Civil Veterinary Department. Central Provinces & Berar 1925-31 - 1925-1931
Year: 1925
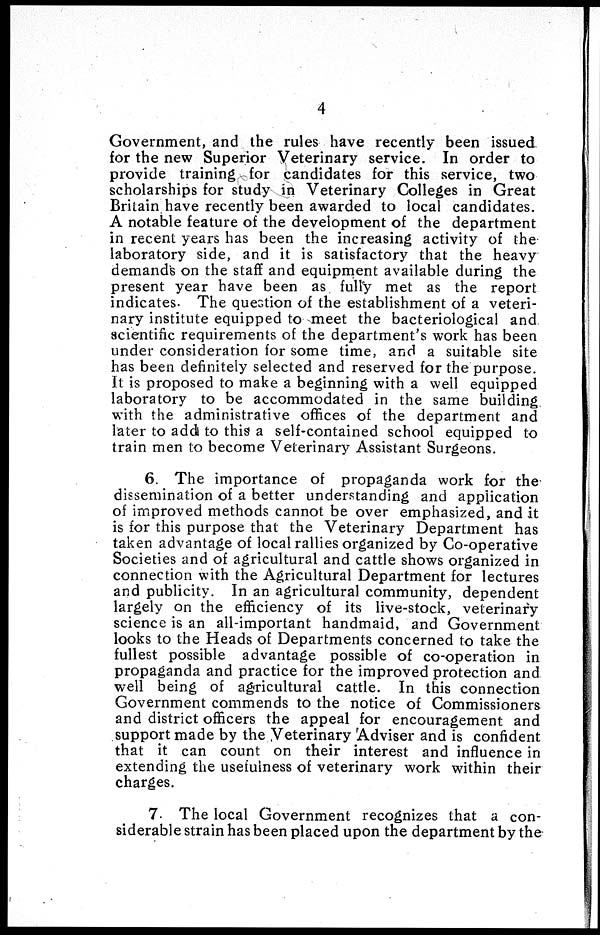
4
Government, and the rules have recently been issued
for the new Superior Veterinary service. In order to
provide training for candidates for this service, two
scholarships for study in Veterinary Colleges in Great
Britain have recently been awarded to local candidates.
A notable feature of the development of the department
in recent years has been the increasing activity of the
laboratory side, and it is satisfactory that the heavy
demands on the staff and equipment available during the
present year have been as fully met as the report
indicates. The question of the establishment of a veteri-
nary institute equipped to meet the bacteriological and
scientific requirements of the department's work has been
under consideration for some time, and a suitable site
has been definitely selected and reserved for the purpose.
It is proposed to make a beginning with a well equipped
laboratory to be accommodated in the same building
with the administrative offices of the department and
later to add to this a self-contained school equipped to
train men to become Veterinary Assistant Surgeons.
6. The importance of propaganda work for the
dissemination of a better understanding and application
of improved methods cannot be over emphasized, and it
is for this purpose that the Veterinary Department has
taken advantage of local rallies organized by Co-operative
Societies and of agricultural and cattle shows organized in
connection with the Agricultural Department for lectures
and publicity. In an agricultural community, dependent
largely on the efficiency of its live-stock, veterinary
science is an all-important handmaid, and Government
looks to the Heads of Departments concerned to take the
fullest possible advantage possible of co-operation in
propaganda and practice for the improved protection and
well being of agricultural cattle. In this connection
Government commends to the notice of Commissioners
and district officers the appeal for encouragement and
support made by the Veterinary Adviser and is confident
that it can count on their interest and influence in
extending the usefulness of veterinary work within their
charges.
7. The local Government recognizes that a con-
siderable strain has been placed upon the department by the